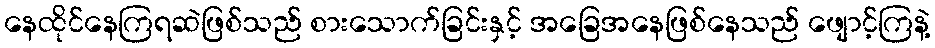
နေထိုင်နေကြရဆဲဖြစ်သည် စားသောက်ခြင်းနှင့် အခြေအနေဖြစ်နေသည် ဖျောင့်ကြနဲ့